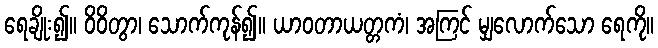
ရေချိုး၍။ ဝိဝိတွာ၊ သောက်ကုန်၍။ ယာဝတာယတ္တကံ၊ အကြင် မျှလောက်သော ရေကို။